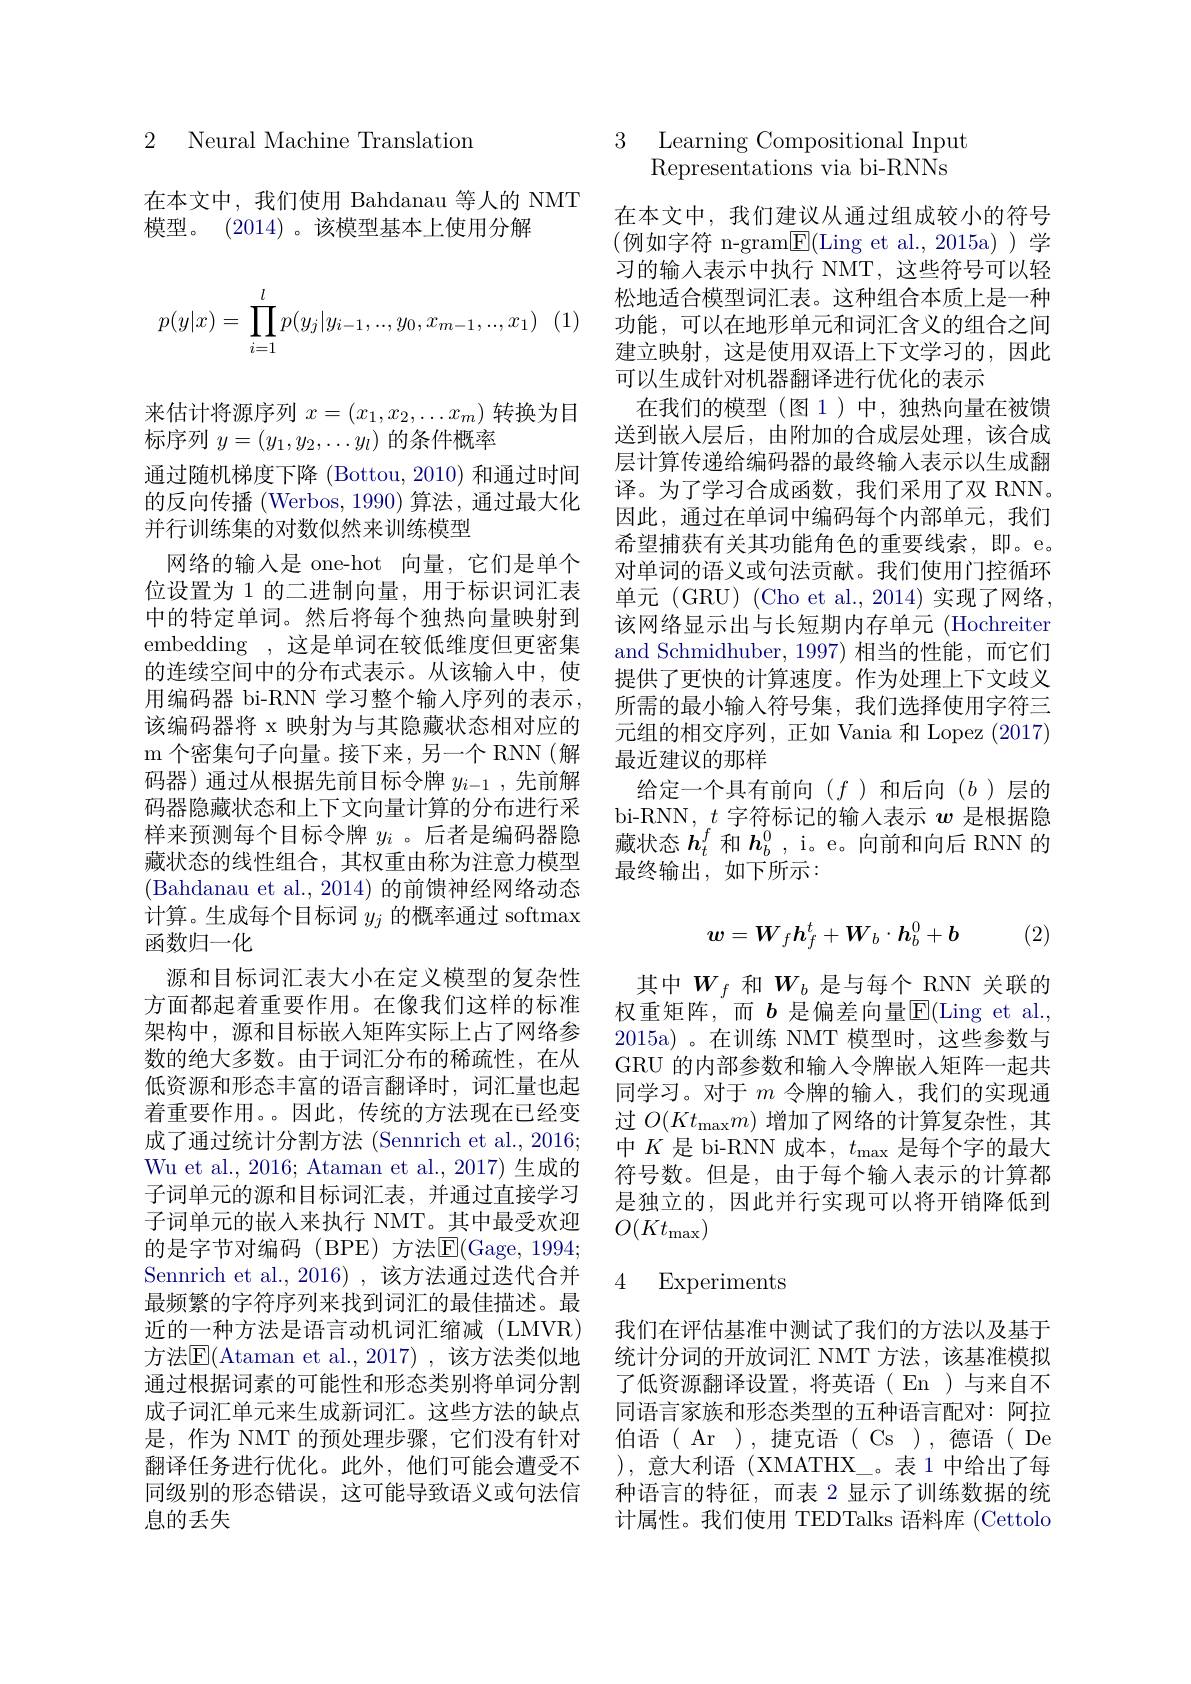
2 Neural Machine Translatiom

在本文中，我们使用 Bahdanau 等人的 NMT
模型。(2014)。该模型基本上使用分解
$$\begin{aligned}p(y|x)=\prod_{i=1}^lp(y_j|y_{i-1},..,y_0,x_{m-1},..,x_1)\end{aligned}$$
来估计将源序列$x=(x_1,x_2,\ldots x_m)$转换为目
标序列$y=(y_1,y_2,\ldots y_l)$的条件概率
通过随机梯度下降 (Bottou, 2010) 和通过时间的反向传播 (Werbos,1990) 算法，通过最大化并行训练集的对数似然来训练模型
网络的输入是 one-hot 向量，它们是单个位设置为 1 的二进制向量，用于标识词汇表中的特定单词。然后将每个独热向量映射到embedding , 这是单词在较低维度但更密集的连续空间中的分布式表示。从该输入中，使用编码器 bi-RNN 学习整个输人序列的表示， 该编码器将 x 映射为与其隐藏状态相对应的m 个密集句子向量。接下来，另一个 RNN(解码器)通过从根据先前目标令牌$y_{i-1}$ ,先前解码器隐藏状态和上下文向量计算的分布进行采样来预测每个目标令牌$y_i$ 。后者是编码器隐藏状态的线性组合，其权重由称为注意力模型(Bahdanau et al., 2014) 的前馈神经网络动态计算。生成每个目标词$y_j$的概率通过 softmax 函数归一化
源和目标词汇表大小在定义模型的复杂性方面都起着重要作用。在像我们这样的标准架构中，源和目标嵌入矩阵实际上占了网络参数的绝大多数。由于词汇分布的稀疏性，在从低资源和形态丰富的语言翻译时，词汇量也起着重要作用。。因此，传统的方法现在已经变成了通过统计分割方法 (Sennrich et al., 2016; Wu et al., 2016; Ataman et al., 2017) 生成的子词单元的源和目标词汇表，并通过直接学习子词单元的嵌入来执行 NMT。其中最受欢迎的是字节对编码(BPE)方法$\mathbb{E}($Gage,1994; Sennrich et al.,2016) ,该方法通过迭代合并最频繁的字符序列来找到词汇的最佳描述。最近的一种方法是语言动机词汇缩减(LMVR) $方法$\overline{\mathrm{E}}($Ataman et al.,2017)$,该方法类似地通过根据词素的可能性和形态类别将单词分割成子词汇单元来生成新词汇。这些方法的缺点是，作为 NMT 的预处理步骤，它们没有针对翻译任务进行优化。此外，他们可能会遭受不同级别的形态错误，这可能导致语义或句法信息的丢失

3 Learning Compositional Input
Representations via bi-RNNs

在本文中，我们建议从通过组成较小的符号(例如字符 n-gram$\underline{\mathrm{E}}($Ling et al.,2015a))学习的输入表示中执行 NMT, 这些符号可以轻松地适合模型词汇表。这种组合本质上是一种功能，可以在地形单元和词汇含义的组合之间建立映射，这是使用双语上下文学习的，因此可以生成针对机器翻译进行优化的表示
在我们的模型(图 1)中，独热向量在被馈送到嵌入层后，由附加的合成层处理，该合成层计算传递给编码器的最终输入表示以生成翻译。为了学习合成函数，我们采用了双 RNN。因此，通过在单词中编码每个内部单元，我们希望捕获有关其功能角色的重要线索，即。e。对单词的语义或句法贡献。我们使用门控循环单元 (GRU) (Cho et al., 2014)实现了网络， 该网络显示出与长短期内存单元 (Hochreiter and Schmidhuber, 1997) 相当的性能，而它们提供了更快的计算速度。作为处理上下文歧义所需的最小输入符号集，我们选择使用字符三元组的相交序列，正如 Vania 和 Lopez (2017) 最近建议的那样
给定一个具有前向$(f$ )和后向$(b$ )层的bi-RNN, $t$字符标记的输入表示$w$是根据隐藏状态$\boldsymbol{h}_t^f$和$\boldsymbol{h}_b^0$, i。e。向前和向后 RNN 的最终输出，如下所示：
$$w=W_fh_f^t+W_b\cdot h_b^0+b$$
(2)

其中$W_f$ 和$W_b$ 是与每个 RNN 关联的权重矩阵，而 $b$ 是偏差向量E(Ling et al., 2015a)。在训练 NMT 模型时，这些参数与GRU 的内部参数和输人令牌嵌入矩阵一起共同学习。对于$m$令牌的输入，我们的实现通过$O(Kt_\mathrm{max}m)$增加了网络的计算复杂性，其中$K$是 bi-RNN 成本，$t_\mathrm{max}$是每个字的最大符号数。但是，由于每个输入表示的计算都是独立的，因此并行实现可以将开销降低到$O(Kt_{\mathrm{max}})$

# 4 Experiments

我们在评估基准中测试了我们的方法以及基于统计分词的开放词汇 NMT 方法，该基准模拟了低资源翻译设置，将英语(En)与来自不同语言家族和形态类型的五种语言配对：阿拉伯语(Ar),捷克语(Cs),德语(De ),意大利语 (XMATHX\_。表 1 中给出了每种语言的特征，而表 2 显示了训练数据的统计属性。我们使用 TEDTalks 语料库 (Cettolo